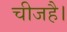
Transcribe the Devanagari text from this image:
चीजहै।